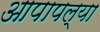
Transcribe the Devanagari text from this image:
आपापल्‍या